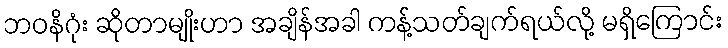
ဘဝနိဂုံး ဆိုတာမျိုးဟာ အချိန်အခါ ကန့်သတ်ချက်ရယ်လို့ မရှိကြောင်း